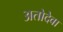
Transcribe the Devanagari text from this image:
अतोदेवा